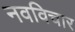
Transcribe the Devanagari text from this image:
नवविचार